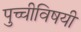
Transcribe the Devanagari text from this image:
पुच्चीविषयी